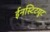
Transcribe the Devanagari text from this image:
ईनस्टिटयूट